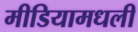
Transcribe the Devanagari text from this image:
मीडियामधली